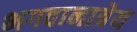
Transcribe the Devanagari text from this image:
भगवानात्रेय